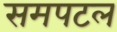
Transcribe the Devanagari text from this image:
समपटल